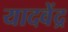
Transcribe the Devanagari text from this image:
यादवेंद्र